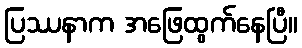
ပြဿနာက အဖြေထွက်နေပြီ။